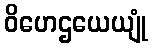
ဝိဟေဌယေယျုံ